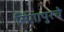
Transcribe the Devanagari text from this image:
सिंगापुरचे